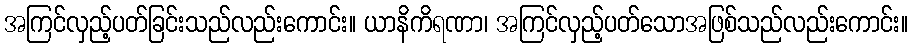
အကြင်လှည့်ပတ်ခြင်းသည်လည်းကောင်း။ ယာနိကိရဏာ၊ အကြင်လှည့်ပတ်သောအဖြစ်သည်လည်းကောင်း။